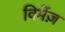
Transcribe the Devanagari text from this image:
विमेंज़